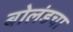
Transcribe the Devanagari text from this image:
बोलंडचा